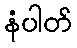
နံပါတ်